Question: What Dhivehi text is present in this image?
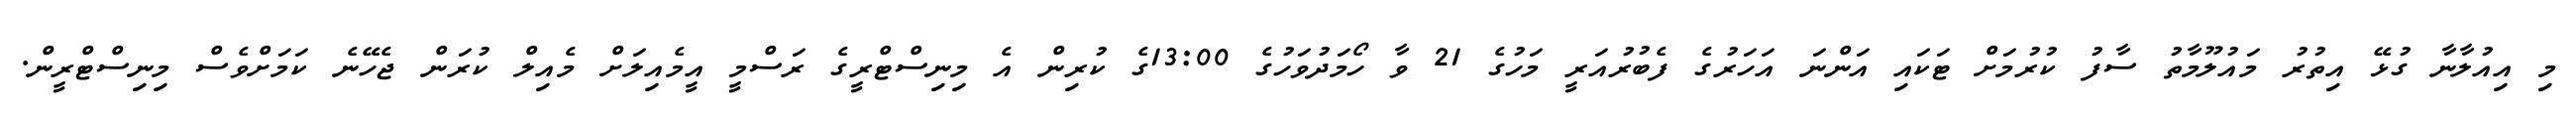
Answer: މި އިއުލާނާ ގުޅޭ އިތުރު މައުލޫމާތު ސާފު ކުރުމަށް ޓަކައި އަންނަ އަހަރުގެ ފެބުރުއަރީ މަހުގެ 21 ވާ ހޯމަދުވަހުގެ 13:00ގެ ކުރިން އެ މިނިސްޓްރީގެ ރަސްމީ އީމެއިލަށް މެއިލް ކުރަން ޖެހޭނެ ކަމަށްވެސް މިނިސްޓްރީން.